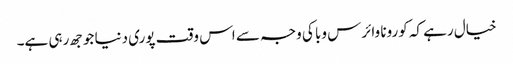
خیال رہے کہ کورونا وائرس وبا کی وجہ سے اس وقت پوری دنیا جوجھ رہی ہے۔